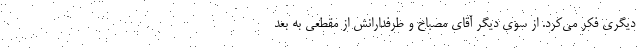
دیگری فکر می‌کرد. از سوی دیگر آقای مصباح و طرفدارانش از مقطعی به بعد